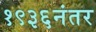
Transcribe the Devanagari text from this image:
१९३६नंतर